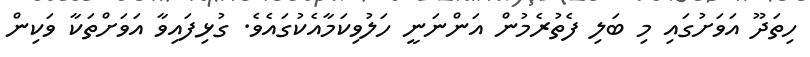
ހިތަދޫ އަވަށުގައި މި ބަލި ފެތުރެމުން އަންނަނީ ހަލުވިކަމާއެކުގައެވެ. ގުޅިފައިވާ އަވަށްތަކާ ވަކިން